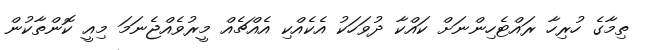
ތިމާގެ ހުރިހާ ރައްޓެހިންނަށް ކައްކާ ދުވަހަކު އެކެއްކި އެއްޗެއް މީރުވެއްޖެނަމަ މިއީ ކޮންތާކުން